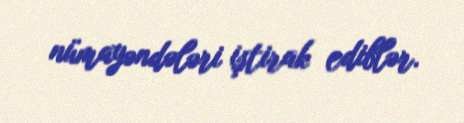
nümayəndələri iştirak ediblər.